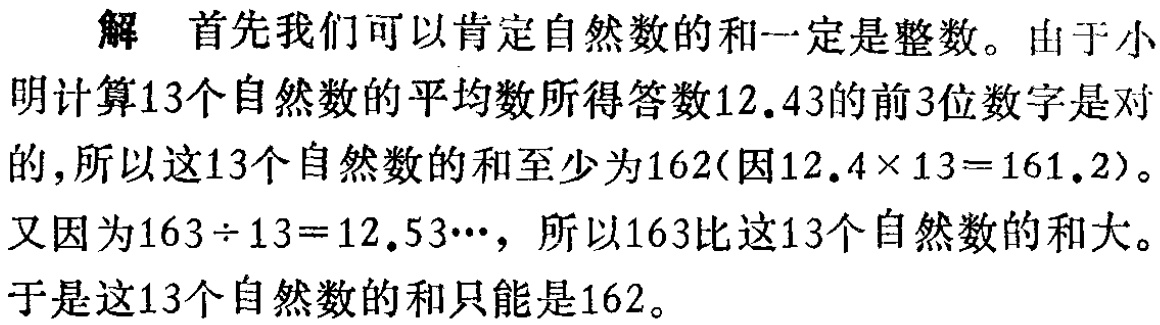
解 首先我们可以肯定自然数的和一定是整数。由于小明计算13个自然数的平均数所得答数12.43的前3位数字是对的,所以这13个自然数的和至少为162(因\(12.4\times 13 = 161.2\))。又因为\(163\div 13 = 12.53\cdots\)，所以163比这13个自然数的和大。于是这13个自然数的和只能是162。